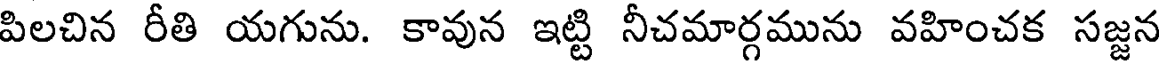
పిలచిన రీతి యగును. కావున ఇట్టి నీచమార్గమును వహించక సజ్జన